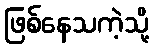
ဖြစ်နေသကဲ့သို့